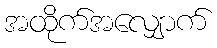
အထိုက်အလျှောက်